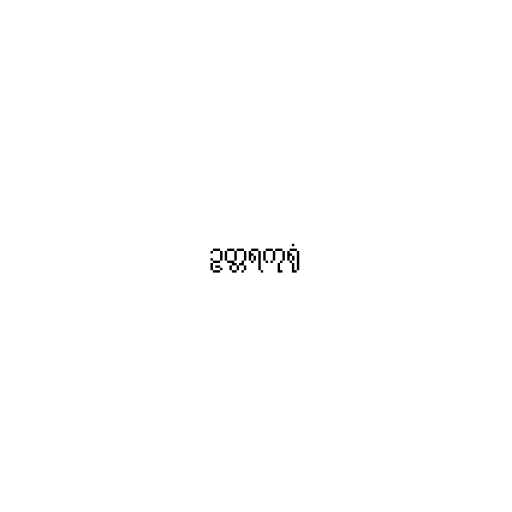
ဥတ္တရကုရုံ